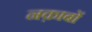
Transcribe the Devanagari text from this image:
नक़ाबों